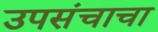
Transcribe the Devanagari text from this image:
उपसंचाचा